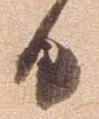
日